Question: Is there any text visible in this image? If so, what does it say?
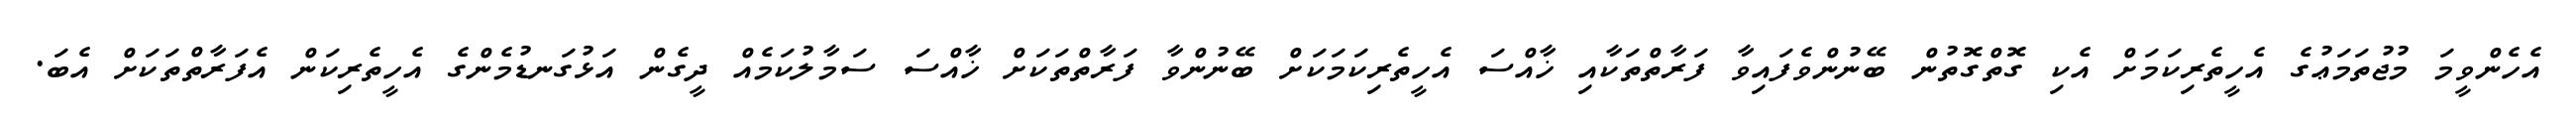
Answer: އެހެންވީމަ މުޖުތަމަޢުގެ އެހީތެރިކަމަށް އެކި ގޮތްގޮތުން ބޭނުންވެފައިވާ ފަރާތްތަކާއި ޚާއްސަ އެހީތެރިކަމަކަށް ބޭނުންވާ ފަރާތްތަކަށް ޚާއްސަ ސަމާލުކަމެއް ދީގެން އަޅުގަނޑުމެންގެ އެހީތެރިކަން އެފަރާތްތަކަށް އެބަ.